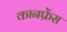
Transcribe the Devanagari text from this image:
कानफ्रेंस